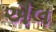
ઐલ